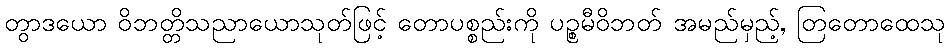
တွာဒယော ဝိဘတ္တိသညာယောသုတ်ဖြင့် တောပစ္စည်းကို ပဉ္စမီဝိဘတ် အမည်မှည့်, တြတောထေသု